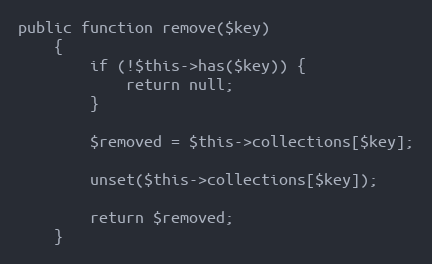
Language: PHP
public function remove($key)
    {
        if (!$this->has($key)) {
            return null;
        }

        $removed = $this->collections[$key];

        unset($this->collections[$key]);

        return $removed;
    }